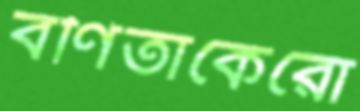
বর্ণিতাকেরো